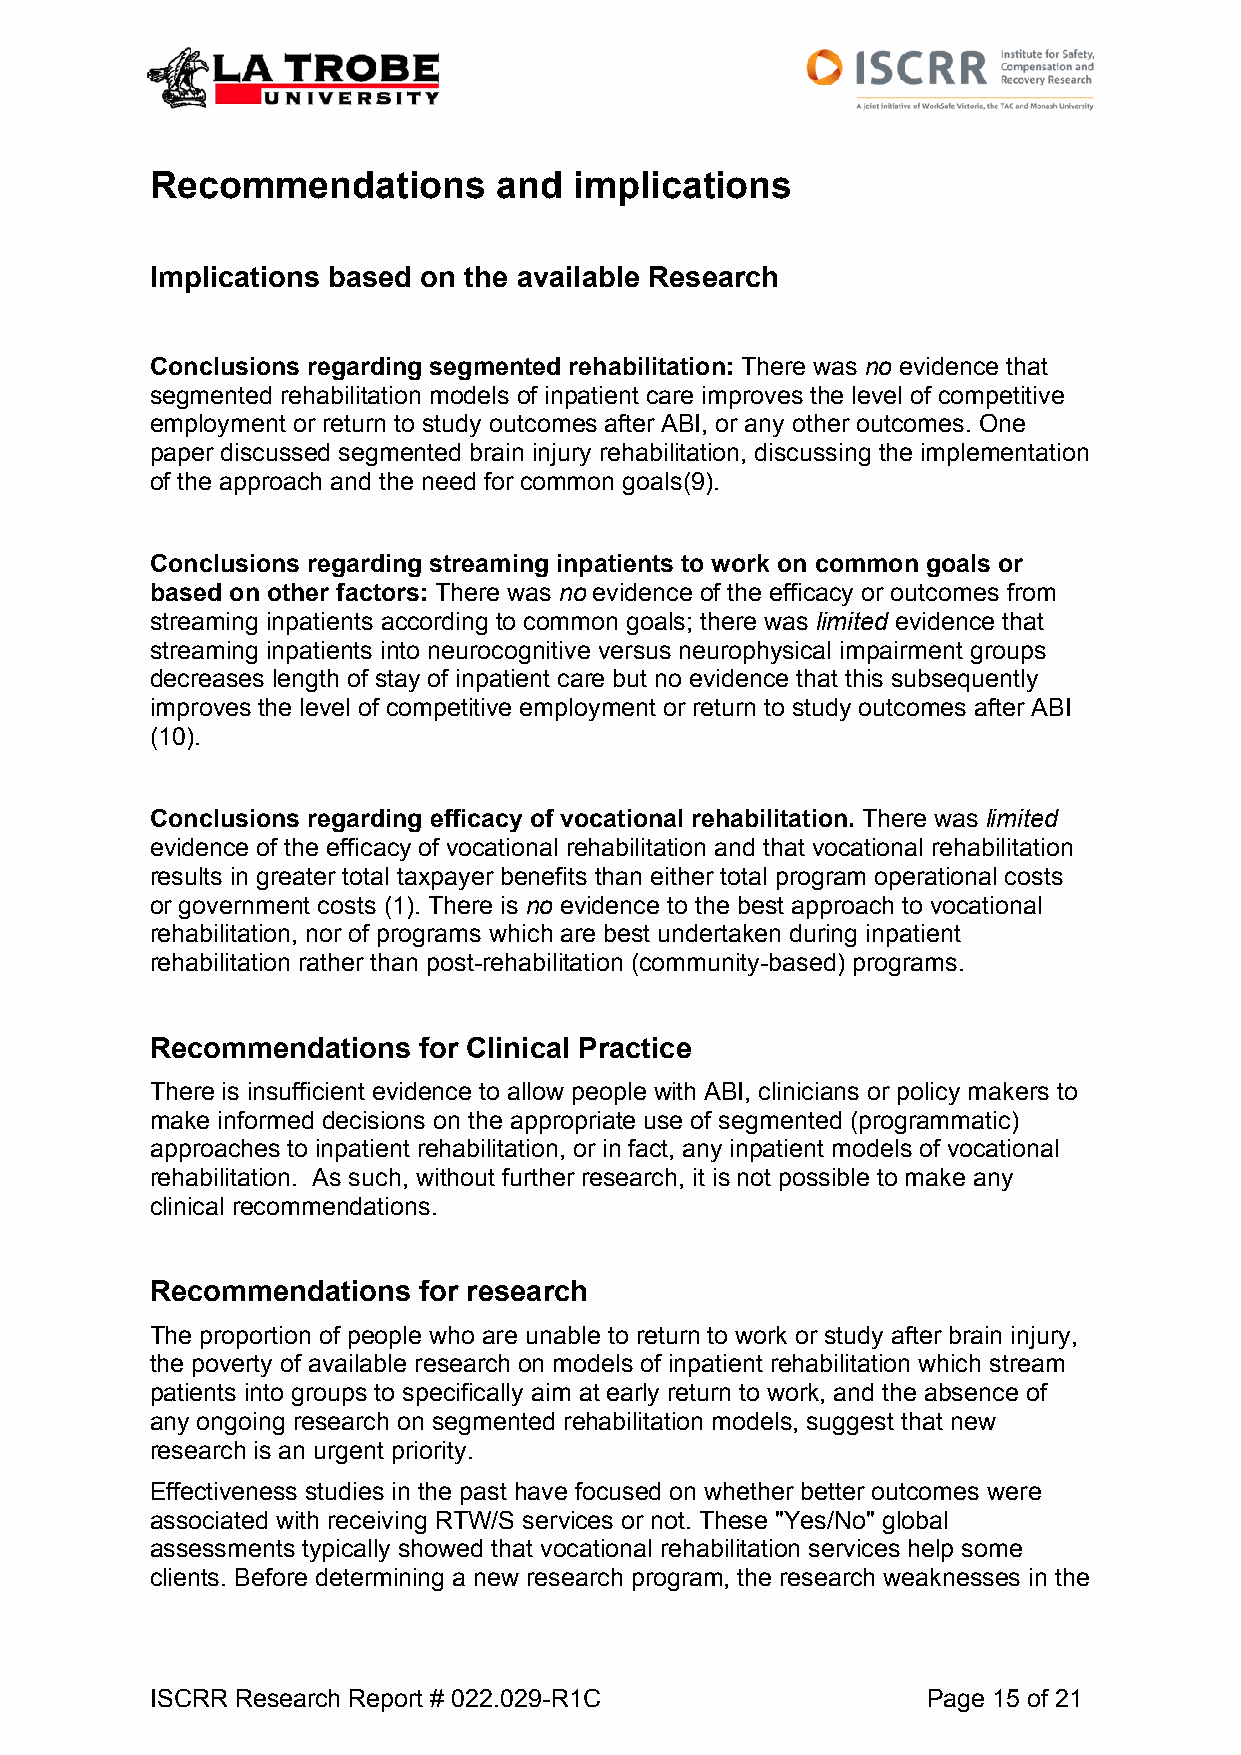
Recommendations        and  implications
 Implications based on the available Research
 Conclusions regarding segmented rehabilitation: There was no evidence that
 segmented rehabilitation models of inpatient care improves the level of competitive
 employment or return to study outcomes after ABI, or any other outcomes. One
 paper discussed segmented brain injury rehabilitation, discussing the implementation
 of the approach and the need for common goals(9).
 Conclusions regarding streaming inpatients to work on common goals or
 based on other factors: There was no evidence of the efficacy or outcomes from
 streaming inpatients according to common goals; there was limited evidence that
 streaming inpatients into neurocognitive versus neurophysical impairment groups
 decreases length of stay of inpatient care but no evidence that this subsequently
 improves the level of competitive employment or return to study outcomes after ABI
 (10).
 Conclusions regarding efficacy of vocational rehabilitation. There was limited
 evidence of the efficacy of vocational rehabilitation and that vocational rehabilitation
 results in greater total taxpayer benefits than either total program operational costs
 or government costs (1). There is no evidence to the best approach to vocational
 rehabilitation, nor of programs which are best undertaken during inpatient
 rehabilitation rather than post-rehabilitation (community-based) programs.
 Recommendations   for Clinical Practice
 There is insufficient evidence to allow people with ABI, clinicians or policy makers to
 make informed decisions on the appropriate use of segmented (programmatic)
 approaches to inpatient rehabilitation, or in fact, any inpatient models of vocational
 rehabilitation. As such, without further research, it is not possible to make any
 clinical recommendations.
 Recommendations   for research
 The proportion of people who are unable to return to work or study after brain injury,
 the poverty of available research on models of inpatient rehabilitation which stream
 patients into groups to specifically aim at early return to work, and the absence of
 any ongoing research on segmented rehabilitation models, suggest that new
 research is an urgent priority.
 Effectiveness studies in the past have focused on whether better outcomes were
 associated with receiving RTW/S services or not. These "Yes/No" global
 assessments typically showed that vocational rehabilitation services help some
 clients. Before determining a new research program, the research weaknesses in the
 ISCRR Research Report # 022.029-R1C                Page 15 of 21